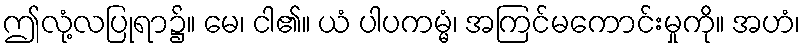
ဤလုံ့လပြုရာ၌။ မေ၊ ငါ၏။ ယံ ပါပကမ္မံ၊ အကြင်မကောင်းမှုကို။ အဟံ၊